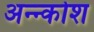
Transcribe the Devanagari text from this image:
अन्‍न्कोश